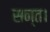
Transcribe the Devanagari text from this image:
सन्त।